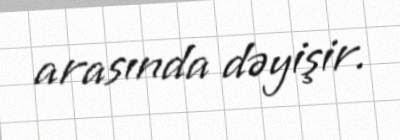
arasında dəyişir.